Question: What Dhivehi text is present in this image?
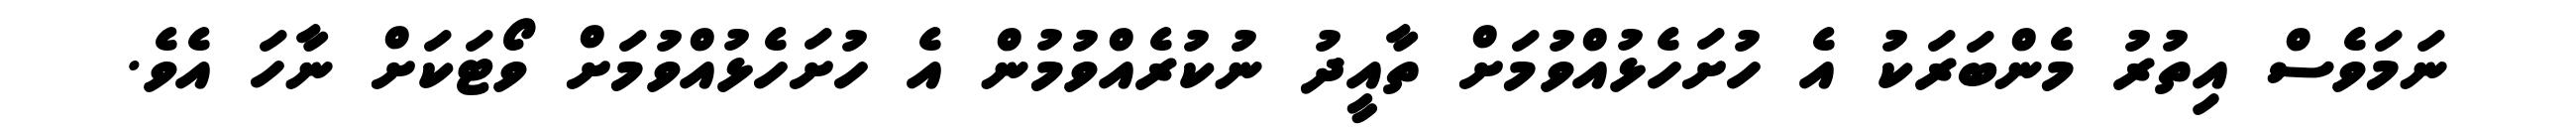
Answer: ނަމަވެސް އިތުރު މެންބަރަކު އެ ހުށަހެޅުއްވުމަށް ތާއީދު ނުކުރެއްވުމުން އެ ހުށަހެޅުއްވުމަށް ވޯޓަކަށް ނާހަ އެވެ.